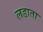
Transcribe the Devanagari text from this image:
लडाता